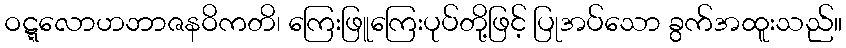
ဝဋ္ဋလောဟဘာဇနဝိကတိ၊ ကြေးဖြူကြေးပုပ်တို့ဖြင့် ပြုအပ်သော ခွက်အထူးသည်။